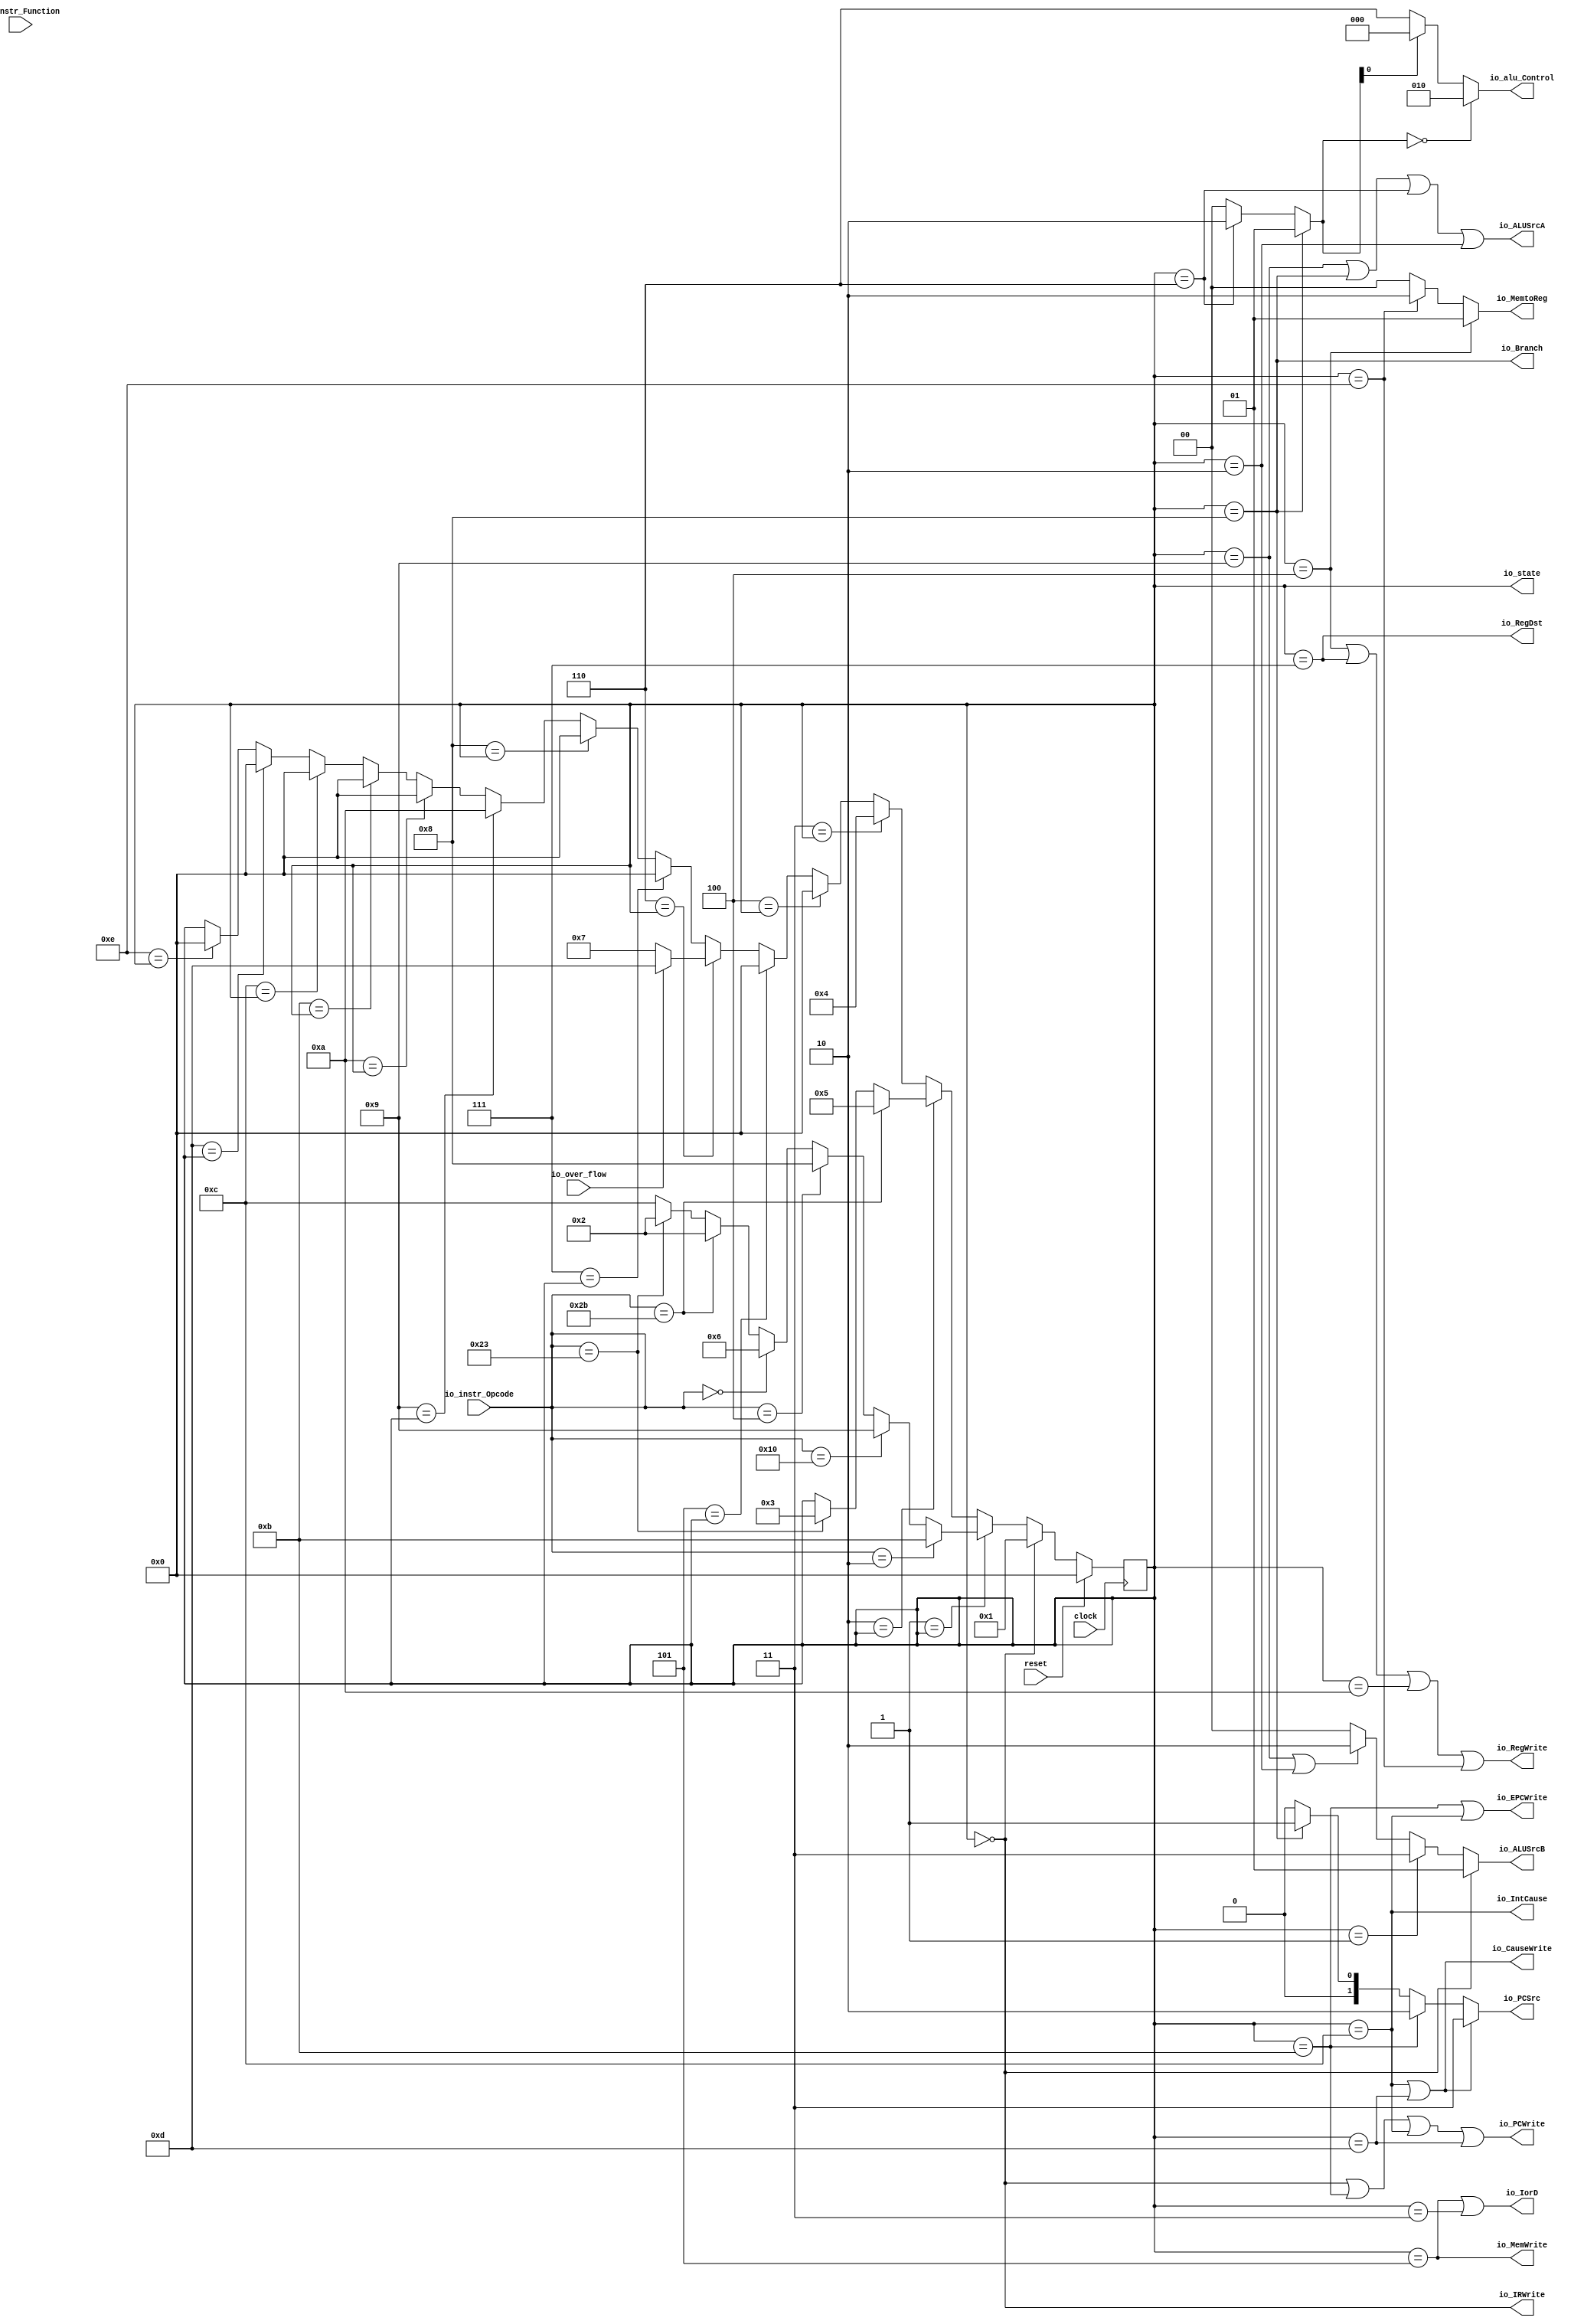
module ControlUnit(
  input        clock,
  input        reset,
  input  [5:0] io_instr_Opcode,
  input  [5:0] io_instr_Function,
  input        io_over_flow,
  output [1:0] io_MemtoReg,
  output       io_RegDst,
  output       io_IorD,
  output [1:0] io_PCSrc,
  output [1:0] io_ALUSrcB,
  output       io_ALUSrcA,
  output       io_IRWrite,
  output       io_MemWrite,
  output       io_PCWrite,
  output       io_Branch,
  output       io_RegWrite,
  output       io_IntCause,
  output       io_CauseWrite,
  output       io_EPCWrite,
  output [3:0] io_state,
  output [2:0] io_alu_Control
);
`ifdef RANDOMIZE_REG_INIT
  reg [31:0] _RAND_0;
`endif // RANDOMIZE_REG_INIT
  reg [3:0] stateReg; // @[ControlUnit.scala 66:28]
  wire  _T_3 = io_instr_Opcode == 6'h10; // @[ControlUnit.scala 79:41]
  wire  _T_6 = io_instr_Opcode == 6'h2b; // @[ControlUnit.scala 91:41]
  wire  _T_7 = io_instr_Opcode == 6'h23; // @[ControlUnit.scala 95:41]
  wire [3:0] _GEN_0 = _T_3 ? 4'he : 4'hc; // @[ControlUnit.scala 101:26 105:26 99:51]
  wire [3:0] _GEN_1 = io_instr_Opcode == 6'h23 ? 4'h2 : _GEN_0; // @[ControlUnit.scala 95:49 97:26]
  wire [3:0] _GEN_2 = io_instr_Opcode == 6'h2b ? 4'h2 : _GEN_1; // @[ControlUnit.scala 91:49 93:26]
  wire [3:0] _GEN_3 = io_instr_Opcode == 6'h0 ? 4'h6 : _GEN_2; // @[ControlUnit.scala 87:53 89:26]
  wire [3:0] _GEN_4 = io_instr_Opcode == 6'h4 ? 4'h8 : _GEN_3; // @[ControlUnit.scala 83:50 85:26]
  wire [3:0] _GEN_5 = io_instr_Opcode == 6'h10 ? 4'h9 : _GEN_4; // @[ControlUnit.scala 79:51 81:26]
  wire [3:0] _GEN_7 = _T_7 ? 4'h3 : stateReg; // @[ControlUnit.scala 114:49 116:26 66:28]
  wire [3:0] _GEN_8 = _T_6 ? 4'h5 : _GEN_7; // @[ControlUnit.scala 110:43 112:26]
  wire [3:0] _GEN_9 = io_over_flow ? 4'hd : 4'h7; // @[ControlUnit.scala 135:33 137:26 141:26]
  wire [3:0] _GEN_10 = 4'he == stateReg ? 4'h0 : stateReg; // @[ControlUnit.scala 182:22 68:23 66:28]
  wire [3:0] _GEN_11 = 4'hd == stateReg ? 4'h0 : _GEN_10; // @[ControlUnit.scala 177:22 68:23]
  wire [3:0] _GEN_12 = 4'hc == stateReg ? 4'h0 : _GEN_11; // @[ControlUnit.scala 172:22 68:23]
  wire [3:0] _GEN_13 = 4'hb == stateReg ? 4'h0 : _GEN_12; // @[ControlUnit.scala 167:22 68:23]
  wire [3:0] _GEN_14 = 4'ha == stateReg ? 4'h0 : _GEN_13; // @[ControlUnit.scala 162:22 68:23]
  wire [3:0] _GEN_15 = 4'h9 == stateReg ? 4'ha : _GEN_14; // @[ControlUnit.scala 157:22 68:23]
  wire [3:0] _GEN_16 = 4'h8 == stateReg ? 4'h0 : _GEN_15; // @[ControlUnit.scala 152:22 68:23]
  wire [3:0] _GEN_17 = 4'h7 == stateReg ? 4'h0 : _GEN_16; // @[ControlUnit.scala 147:22 68:23]
  wire [3:0] _GEN_18 = 4'h6 == stateReg ? _GEN_9 : _GEN_17; // @[ControlUnit.scala 68:23]
  wire [3:0] _GEN_19 = 4'h5 == stateReg ? 4'h0 : _GEN_18; // @[ControlUnit.scala 131:22 68:23]
  wire [3:0] _GEN_20 = 4'h4 == stateReg ? 4'h0 : _GEN_19; // @[ControlUnit.scala 126:22 68:23]
  wire [3:0] _GEN_21 = 4'h3 == stateReg ? 4'h4 : _GEN_20; // @[ControlUnit.scala 121:22 68:23]
  wire  _io_ALUSrcA_T = stateReg == 4'h9; // @[ControlUnit.scala 192:33]
  wire  _io_ALUSrcA_T_1 = stateReg == 4'h8; // @[ControlUnit.scala 192:59]
  wire  _io_ALUSrcA_T_3 = stateReg == 4'h6; // @[ControlUnit.scala 192:85]
  wire  _io_ALUSrcA_T_5 = stateReg == 4'h2; // @[ControlUnit.scala 192:111]
  wire  _io_ALUSrcB_T = stateReg == 4'h0; // @[ControlUnit.scala 194:57]
  wire  _io_ALUSrcB_T_1 = stateReg == 4'h1; // @[ControlUnit.scala 194:97]
  wire  _io_ALUSrcB_T_4 = _io_ALUSrcA_T | _io_ALUSrcA_T_5; // @[ControlUnit.scala 194:151]
  wire [1:0] _io_ALUSrcB_T_5 = _io_ALUSrcB_T_4 ? 2'h2 : 2'h0; // @[Mux.scala 101:16]
  wire [1:0] _io_ALUSrcB_T_6 = _io_ALUSrcB_T_1 ? 2'h3 : _io_ALUSrcB_T_5; // @[Mux.scala 101:16]
  wire [1:0] _ALUOp_T_2 = _io_ALUSrcA_T_3 ? 2'h2 : 2'h0; // @[Mux.scala 101:16]
  wire [1:0] ALUOp = _io_ALUSrcA_T_1 ? 2'h1 : _ALUOp_T_2; // @[Mux.scala 101:16]
  wire  _io_PCSrc_T = stateReg == 4'hc; // @[ControlUnit.scala 198:56]
  wire  _io_PCSrc_T_1 = stateReg == 4'hd; // @[ControlUnit.scala 198:83]
  wire  _io_PCSrc_T_2 = stateReg == 4'hc | stateReg == 4'hd; // @[ControlUnit.scala 198:70]
  wire  _io_PCSrc_T_3 = stateReg == 4'hb; // @[ControlUnit.scala 198:126]
  wire [1:0] _io_PCSrc_T_5 = _io_ALUSrcA_T_1 ? 2'h1 : 2'h0; // @[Mux.scala 101:16]
  wire [1:0] _io_PCSrc_T_6 = _io_PCSrc_T_3 ? 2'h2 : _io_PCSrc_T_5; // @[Mux.scala 101:16]
  wire  _io_RegDst_T = stateReg == 4'h7; // @[ControlUnit.scala 206:31]
  wire  _io_MemtoReg_T = stateReg == 4'h4; // @[ControlUnit.scala 208:58]
  wire  _io_MemtoReg_T_1 = stateReg == 4'he; // @[ControlUnit.scala 208:99]
  wire [1:0] _io_MemtoReg_T_2 = _io_MemtoReg_T_1 ? 2'h2 : 2'h0; // @[Mux.scala 101:16]
  wire [1:0] _GEN_34 = {{1'd0}, ALUOp[1]}; // @[ControlUnit.scala 231:26]
  wire [2:0] _GEN_25 = 6'h26 == io_instr_Function ? 3'h5 : 3'h0; // @[ControlUnit.scala 221:20 233:34 261:32]
  wire [2:0] _GEN_26 = 6'h2a == io_instr_Function ? 3'h7 : _GEN_25; // @[ControlUnit.scala 233:34 256:32]
  wire [2:0] _GEN_27 = 6'h25 == io_instr_Function ? 3'h1 : _GEN_26; // @[ControlUnit.scala 233:34 251:32]
  wire [2:0] _GEN_28 = 6'h24 == io_instr_Function ? 3'h0 : _GEN_27; // @[ControlUnit.scala 233:34 246:32]
  wire [2:0] _GEN_29 = 6'h22 == io_instr_Function ? 3'h6 : _GEN_28; // @[ControlUnit.scala 233:34 241:32]
  wire [2:0] _GEN_30 = 6'h20 == io_instr_Function ? 3'h2 : _GEN_29; // @[ControlUnit.scala 233:34 236:32]
  wire [2:0] _GEN_31 = _GEN_34 == 2'h2 ? _GEN_30 : 3'h0; // @[ControlUnit.scala 221:20 231:35]
  wire [2:0] _GEN_32 = ~ALUOp[0] ? 3'h6 : _GEN_31; // @[ControlUnit.scala 227:35 229:24]
  assign io_MemtoReg = _io_MemtoReg_T ? 2'h1 : _io_MemtoReg_T_2; // @[Mux.scala 101:16]
  assign io_RegDst = stateReg == 4'h7; // @[ControlUnit.scala 206:31]
  assign io_IorD = stateReg == 4'h5 | stateReg == 4'h3; // @[ControlUnit.scala 190:43]
  assign io_PCSrc = _io_PCSrc_T_2 ? 2'h3 : _io_PCSrc_T_6; // @[Mux.scala 101:16]
  assign io_ALUSrcB = _io_ALUSrcB_T ? 2'h1 : _io_ALUSrcB_T_6; // @[Mux.scala 101:16]
  assign io_ALUSrcA = stateReg == 4'h9 | stateReg == 4'h8 | stateReg == 4'h6 | stateReg == 4'h2; // @[ControlUnit.scala 192:98]
  assign io_IRWrite = stateReg == 4'h0; // @[ControlUnit.scala 200:32]
  assign io_MemWrite = stateReg == 4'h5; // @[ControlUnit.scala 212:33]
  assign io_PCWrite = _io_ALUSrcB_T | _io_PCSrc_T_3 | _io_PCSrc_T | _io_PCSrc_T_1; // @[ControlUnit.scala 202:120]
  assign io_Branch = stateReg == 4'h8; // @[ControlUnit.scala 204:31]
  assign io_RegWrite = _io_MemtoReg_T | _io_RegDst_T | stateReg == 4'ha | _io_MemtoReg_T_1; // @[ControlUnit.scala 210:120]
  assign io_IntCause = stateReg == 4'hc; // @[ControlUnit.scala 214:33]
  assign io_CauseWrite = _io_PCSrc_T | _io_PCSrc_T_1; // @[ControlUnit.scala 216:50]
  assign io_EPCWrite = _io_PCSrc_T_3 | _io_PCSrc_T; // @[ControlUnit.scala 218:48]
  assign io_state = stateReg; // @[ControlUnit.scala 220:14]
  assign io_alu_Control = ALUOp == 2'h0 ? 3'h2 : _GEN_32; // @[ControlUnit.scala 223:26 225:24]
  always @(posedge clock) begin
    if (reset) begin // @[ControlUnit.scala 66:28]
      stateReg <= 4'h0; // @[ControlUnit.scala 66:28]
    end else if (4'h0 == stateReg) begin // @[ControlUnit.scala 68:23]
      stateReg <= 4'h1; // @[ControlUnit.scala 71:22]
    end else if (4'h1 == stateReg) begin // @[ControlUnit.scala 68:23]
      if (io_instr_Opcode == 6'h2) begin // @[ControlUnit.scala 75:42]
        stateReg <= 4'hb; // @[ControlUnit.scala 77:26]
      end else begin
        stateReg <= _GEN_5;
      end
    end else if (4'h2 == stateReg) begin // @[ControlUnit.scala 68:23]
      stateReg <= _GEN_8;
    end else begin
      stateReg <= _GEN_21;
    end
  end
// Register and memory initialization
`ifdef RANDOMIZE_GARBAGE_ASSIGN
`define RANDOMIZE
`endif
`ifdef RANDOMIZE_INVALID_ASSIGN
`define RANDOMIZE
`endif
`ifdef RANDOMIZE_REG_INIT
`define RANDOMIZE
`endif
`ifdef RANDOMIZE_MEM_INIT
`define RANDOMIZE
`endif
`ifndef RANDOM
`define RANDOM $random
`endif
`ifdef RANDOMIZE_MEM_INIT
  integer initvar;
`endif
`ifndef SYNTHESIS
`ifdef FIRRTL_BEFORE_INITIAL
`FIRRTL_BEFORE_INITIAL
`endif
initial begin
  `ifdef RANDOMIZE
    `ifdef INIT_RANDOM
      `INIT_RANDOM
    `endif
    `ifndef VERILATOR
      `ifdef RANDOMIZE_DELAY
        #`RANDOMIZE_DELAY begin end
      `else
        #0.002 begin end
      `endif
    `endif
`ifdef RANDOMIZE_REG_INIT
  _RAND_0 = {1{`RANDOM}};
  stateReg = _RAND_0[3:0];
`endif // RANDOMIZE_REG_INIT
  `endif // RANDOMIZE
end // initial
`ifdef FIRRTL_AFTER_INITIAL
`FIRRTL_AFTER_INITIAL
`endif
`endif // SYNTHESIS
endmodule